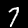
Label: 7